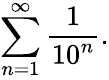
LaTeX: \sum_{n=1}^{\infty}{\frac{1}{10^{n}}}.